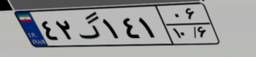
۴۲گ۱۴۱۰۶